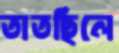
তাতছিলে